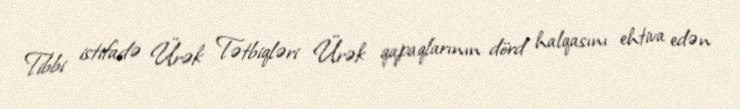
Tibbi istifadə Ürək Tətbiqləri Ürək qapaqlarının dörd halqasını ehtiva edən